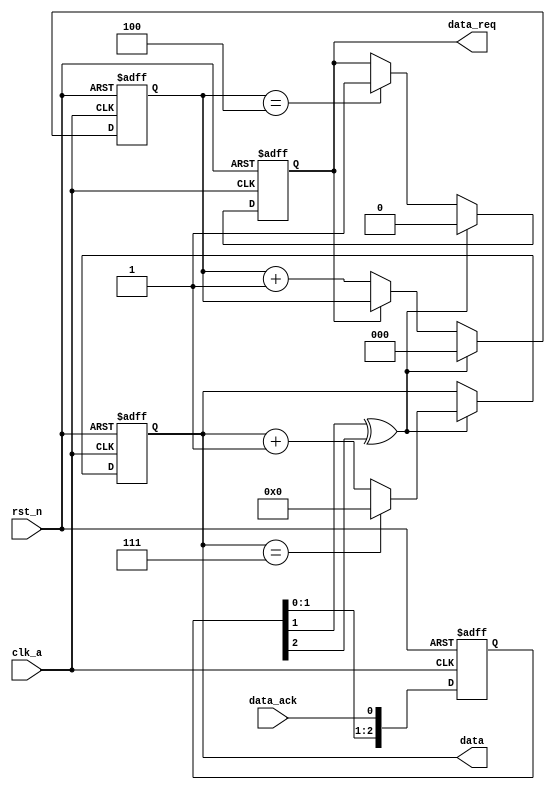
`timescale 1ns / 1ps
//////////////////////////////////////////////////////////////////////////////////
// Company: 
// Engineer: 
// 
// Design Name: 
// Module Name: data_driver
// Project Name: 
// Target Devices: 
// Tool Versions: 
// Description: 
// 
// Dependencies: 
// 
// Revision:
// Revision 0.01 - File Created
// Additional Comments:
// 
//////////////////////////////////////////////////////////////////////////////////

//
module data_driver(
    input clk_a,
    input rst_n,
    input data_ack,
    output reg [3:0]data,
    output reg data_req
    );
    
    //data_ackclk_a
    reg [2:0] ack_r;
    always @(posedge clk_a or negedge rst_n) begin
        if(rst_n==1'b0) 
            ack_r <= 3'b000;
        else
            ack_r <= {ack_r[1:0],data_ack};
    end

    //data_receiverdata_ackack_pos1data_receiver
    wire ack_pos;
    assign ack_pos = ack_r[1]^ack_r[2];

    //data_receiverack_pos==1
    always @(posedge clk_a or negedge rst_n) begin
        if(rst_n==1'b0) 
            data  <= 4'b0;      
        else if(ack_pos==1'b1) begin
            if(data == 4'd7)
                data  <= 4'b0;
            else 
                data  <= data + 1'b1;
        end        
    end 

    //5
    reg [2:0] cnt;
    always @(posedge clk_a or negedge rst_n) begin
        if(rst_n==1'b0) 
            cnt <= 3'd0;
        else if(ack_pos==1'b1)
            cnt <= 3'd0;
        else if(data_req==1'b0)
            cnt <= cnt + 1'b1;
    end 

    //5req
    always @(posedge clk_a or negedge rst_n) begin
        if(rst_n==1'b0) begin
            data_req  <= 1'b0;      
        end 
        else if(ack_pos)
            data_req <= 1'b0;
        else if(cnt == 3'd4)
            data_req <= 1'd1;
    end 

endmodule




//
module data_receiver(
    input clk_b,
    input rst_n,
    output reg data_ack,
    input [3:0]data,
    input data_req
    );

    //data_reqclk_b
    reg [2:0] req_r;
    always @(posedge clk_b or negedge rst_n) begin
        if(~rst_n) begin
            req_r <= 3'b0;      
        end 
        else begin
            req_r <= {req_r[1:0],data_req};
        end        
    end   

    //data_req
    wire req_pos;
    assign req_pos = req_r[1]&(~req_r[2]);

    //data_reg
    reg [3:0] data_reg;
    always @(posedge clk_b or negedge rst_n) begin
        if(~rst_n)
           data_reg <= 4'd0;
       else if(req_pos)
           data_reg <= data;
   end

   //data_ackdata_driver
    always @(posedge clk_b or negedge rst_n) begin
        if(~rst_n) begin
            data_ack <= 1'b0;      
        end 
        else if(req_pos)
            data_ack <= ~data_ack;
    end 

endmodule